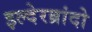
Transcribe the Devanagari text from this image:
इल्देरब्रांदो